Annual report on the health of the army in India
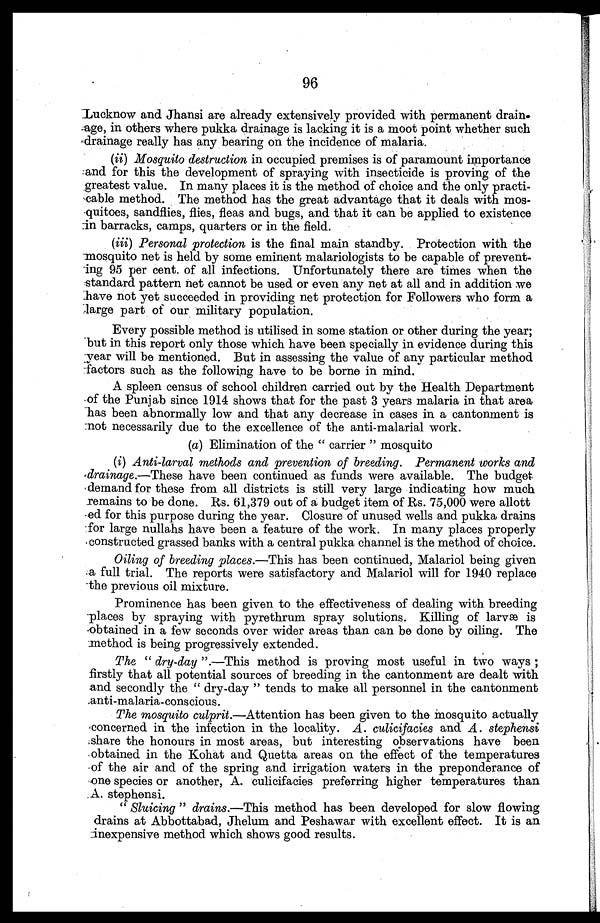
96
Lucknow and Jhansi are already extensively provided with permanent drain
age, in others where pukka drainage is lacking it is a moot point whether such
drainage really has any bearing on the incidence of malaria.
(ii)
Mosquito destruction in occupied premises is of paramount importance
and for this the development of spraying with insecticide is proving of the
greatest value. In many places it is the method of choice and the only practi
cable method. The method has the great advantage that it deals with mos
-quitoes, sandflies, flies, fleas and bugs, and that it can be applied to existence
in barracks, camps, quarters or in the field.
(iii)
Personal protection is the final main standby. Protection with the
mosquito net is held by some eminent malariologists to be capable of prevent
-ing 95 per cent. of all infections. Unfortunately there are times when the
standard pattern net cannot be used or even any net at all and in addition we
have not yet succeeded in providing net protection for Followers who form a
large part of our military population.
Every possible method is utilised in some station or other during the year;
but in this report only those which have been specially in evidence during this
year will be mentioned. But in assessing the value of any particular method
factors such as the following have to be borne in mind.
A spleen census of school children carried out by the Health Department
of the Punjab since 1914 shows that for the past 3 years malaria in that area
has been abnormally low and that any decrease in cases in a cantonment is
not necessarily due to the excellence of the anti-malarial work.
(a) Elimination of the "carrier" mosquito
(i) Anti-larval methods and prevention of breeding. Permanent works and
drainage .—These have been continued as funds were available. The budget
demand for these from all districts is still very large indicating how much
remains to be done. Rs. 61,379 out of a budget item of Rs. 75,000 were allott
-ed for this purpose during the year. Closure of unused wells and pukka drains
for large nullahs have been a feature of the work. In many places properly
constructed grassed banks with a central pukka channel is the method of choice.
Oiling of breeding places.—This has been continued, Malariol being given
a full trial. The reports were satisfactory and Malariol will for 1940 replace
the previous oil mixture.
Prominence has been given to the effectiveness of dealing with breeding
places by spraying with pyrethrum spray solutions. Killing of larvæ is
obtained in a few seconds over wider areas than can be done by oiling. The
method is being progressively extended.
The "dry-day ".—This method is proving most useful in two ways;
firstly that all potential sources of breeding in the cantonment are dealt with
and secondly the "dry-day" tends to make all personnel in the cantonment
anti-malaria-conscious.
The mosquito culprit.— Attention has been given to the mosquito actually
concerned in the infection in the locality. A. culicifacies and A. stephensi
share the honours in most areas, but interesting observations have been
obtained in the Kohat and Quetta areas on the effect of the temperatures
of the air and of the spring and irrigation waters in the preponderance of
one species or another, A. culicifacies preferring higher temperatures than
A. stephensi.
" Sluicing" drains.—This method has been developed for slow flowing
drains at Abbottabad, Jhelum and Peshawar with excellent effect. It is an
inexpensive method which shows good results.